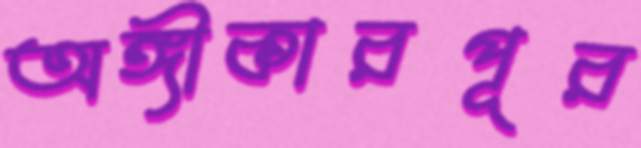
অঙ্গীকারপূর